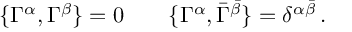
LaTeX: \{ \Gamma ^ { \alpha } , \Gamma ^ { \beta } \} = 0 \qquad \{ \Gamma ^ { \alpha } , \bar { \Gamma } ^ { \bar { \beta } } \} = \delta ^ { \alpha \bar { \beta } } \, .